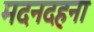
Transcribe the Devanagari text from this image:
मदनदहना